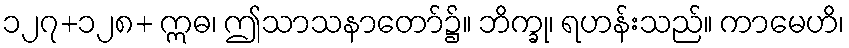
၁၂၇+၁၂၈+ ဣဓ၊ ဤသာသနာတော်၌။ ဘိက္ခု၊ ရဟန်းသည်။ ကာမေဟိ၊